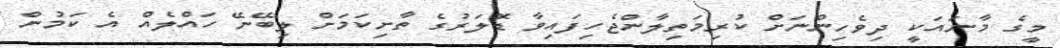
މީގެ މާނައަކީ ދިވެހިންނަށް ކުރިމަތިލާންޖެހިފައިވާ ޑޮލަރުގެ ތާށިކަމަށް ލިބޭނޭ ހައްލެއް އެ ކަމުން